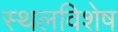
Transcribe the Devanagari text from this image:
स्थलविशेष